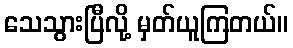
သေသွားပြီလို့ မှတ်ယူကြတယ်။